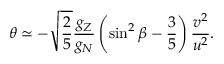
\theta \simeq - \sqrt { \frac { 2 } { 5 } } { \frac { g _ { Z } } { g _ { N } } } \left( \sin ^ { 2 } \beta - { \frac { 3 } { 5 } } \right) { \frac { v ^ { 2 } } { u ^ { 2 } } } .